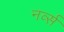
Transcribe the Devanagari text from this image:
नर्व्स